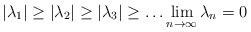
LaTeX: \begin{align*}|\lambda_1|\geq|\lambda_2|\geq |\lambda_3|\geq \ldots \lim_{n\to \infty} \lambda_n=0\end{align*}